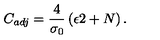
C _ { a d j } = \frac { 4 } { \sigma _ { 0 } } \left( \epsilon 2 + N \right) .